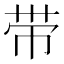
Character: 带